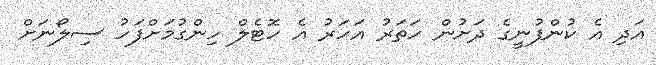
އަދި އެ ކުންފުނީގެ ދަށުން ހަތަރު އަހަރު އެ ހޮޓެލް ހިންގުމަށްފަހު ސިލޯނަށް